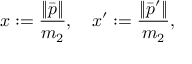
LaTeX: x : = \frac { \| \bar { p } \| } { m _ { 2 } } , \quad x ^ { \prime } : = \frac { \| \bar { p } ^ { \prime } \| } { m _ { 2 } } , \quad